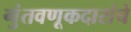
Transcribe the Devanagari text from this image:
गुंतवणूकदारांचे